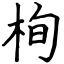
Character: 栒